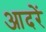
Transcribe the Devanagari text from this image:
आदरें